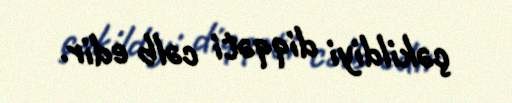
çəkildiyi diqqəti cəlb edir.